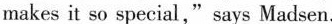
makes it so special,"says Madsen.